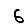
Digit: 6